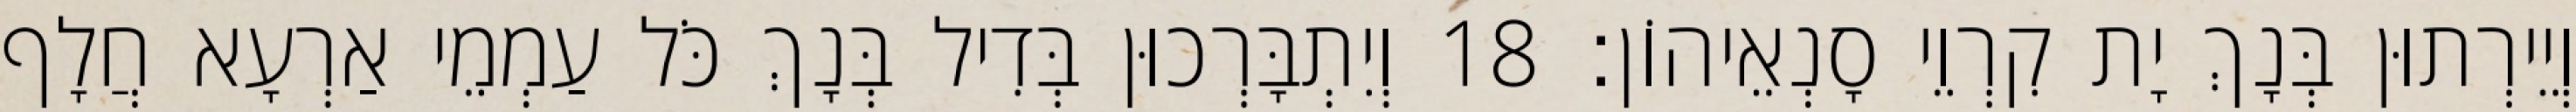
וְיֵירְתוּן בְּנָךְ יָת קִרְוֵי סָנְאֵיהוֹן׃ 18 וְיִתְבָּרְכוּן בְּדִיל בְּנָךְ כֹּל עַמְמֵי אַרְעָא חֲלָף